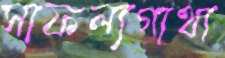
সাফল্যগাথা